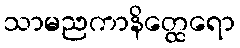
သာမညကာနိတ္ထေရော